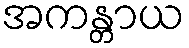
အကန္တာယ